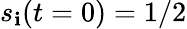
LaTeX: s_{\mathbf{i}}(t=0)=1/2